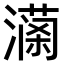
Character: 𤀚